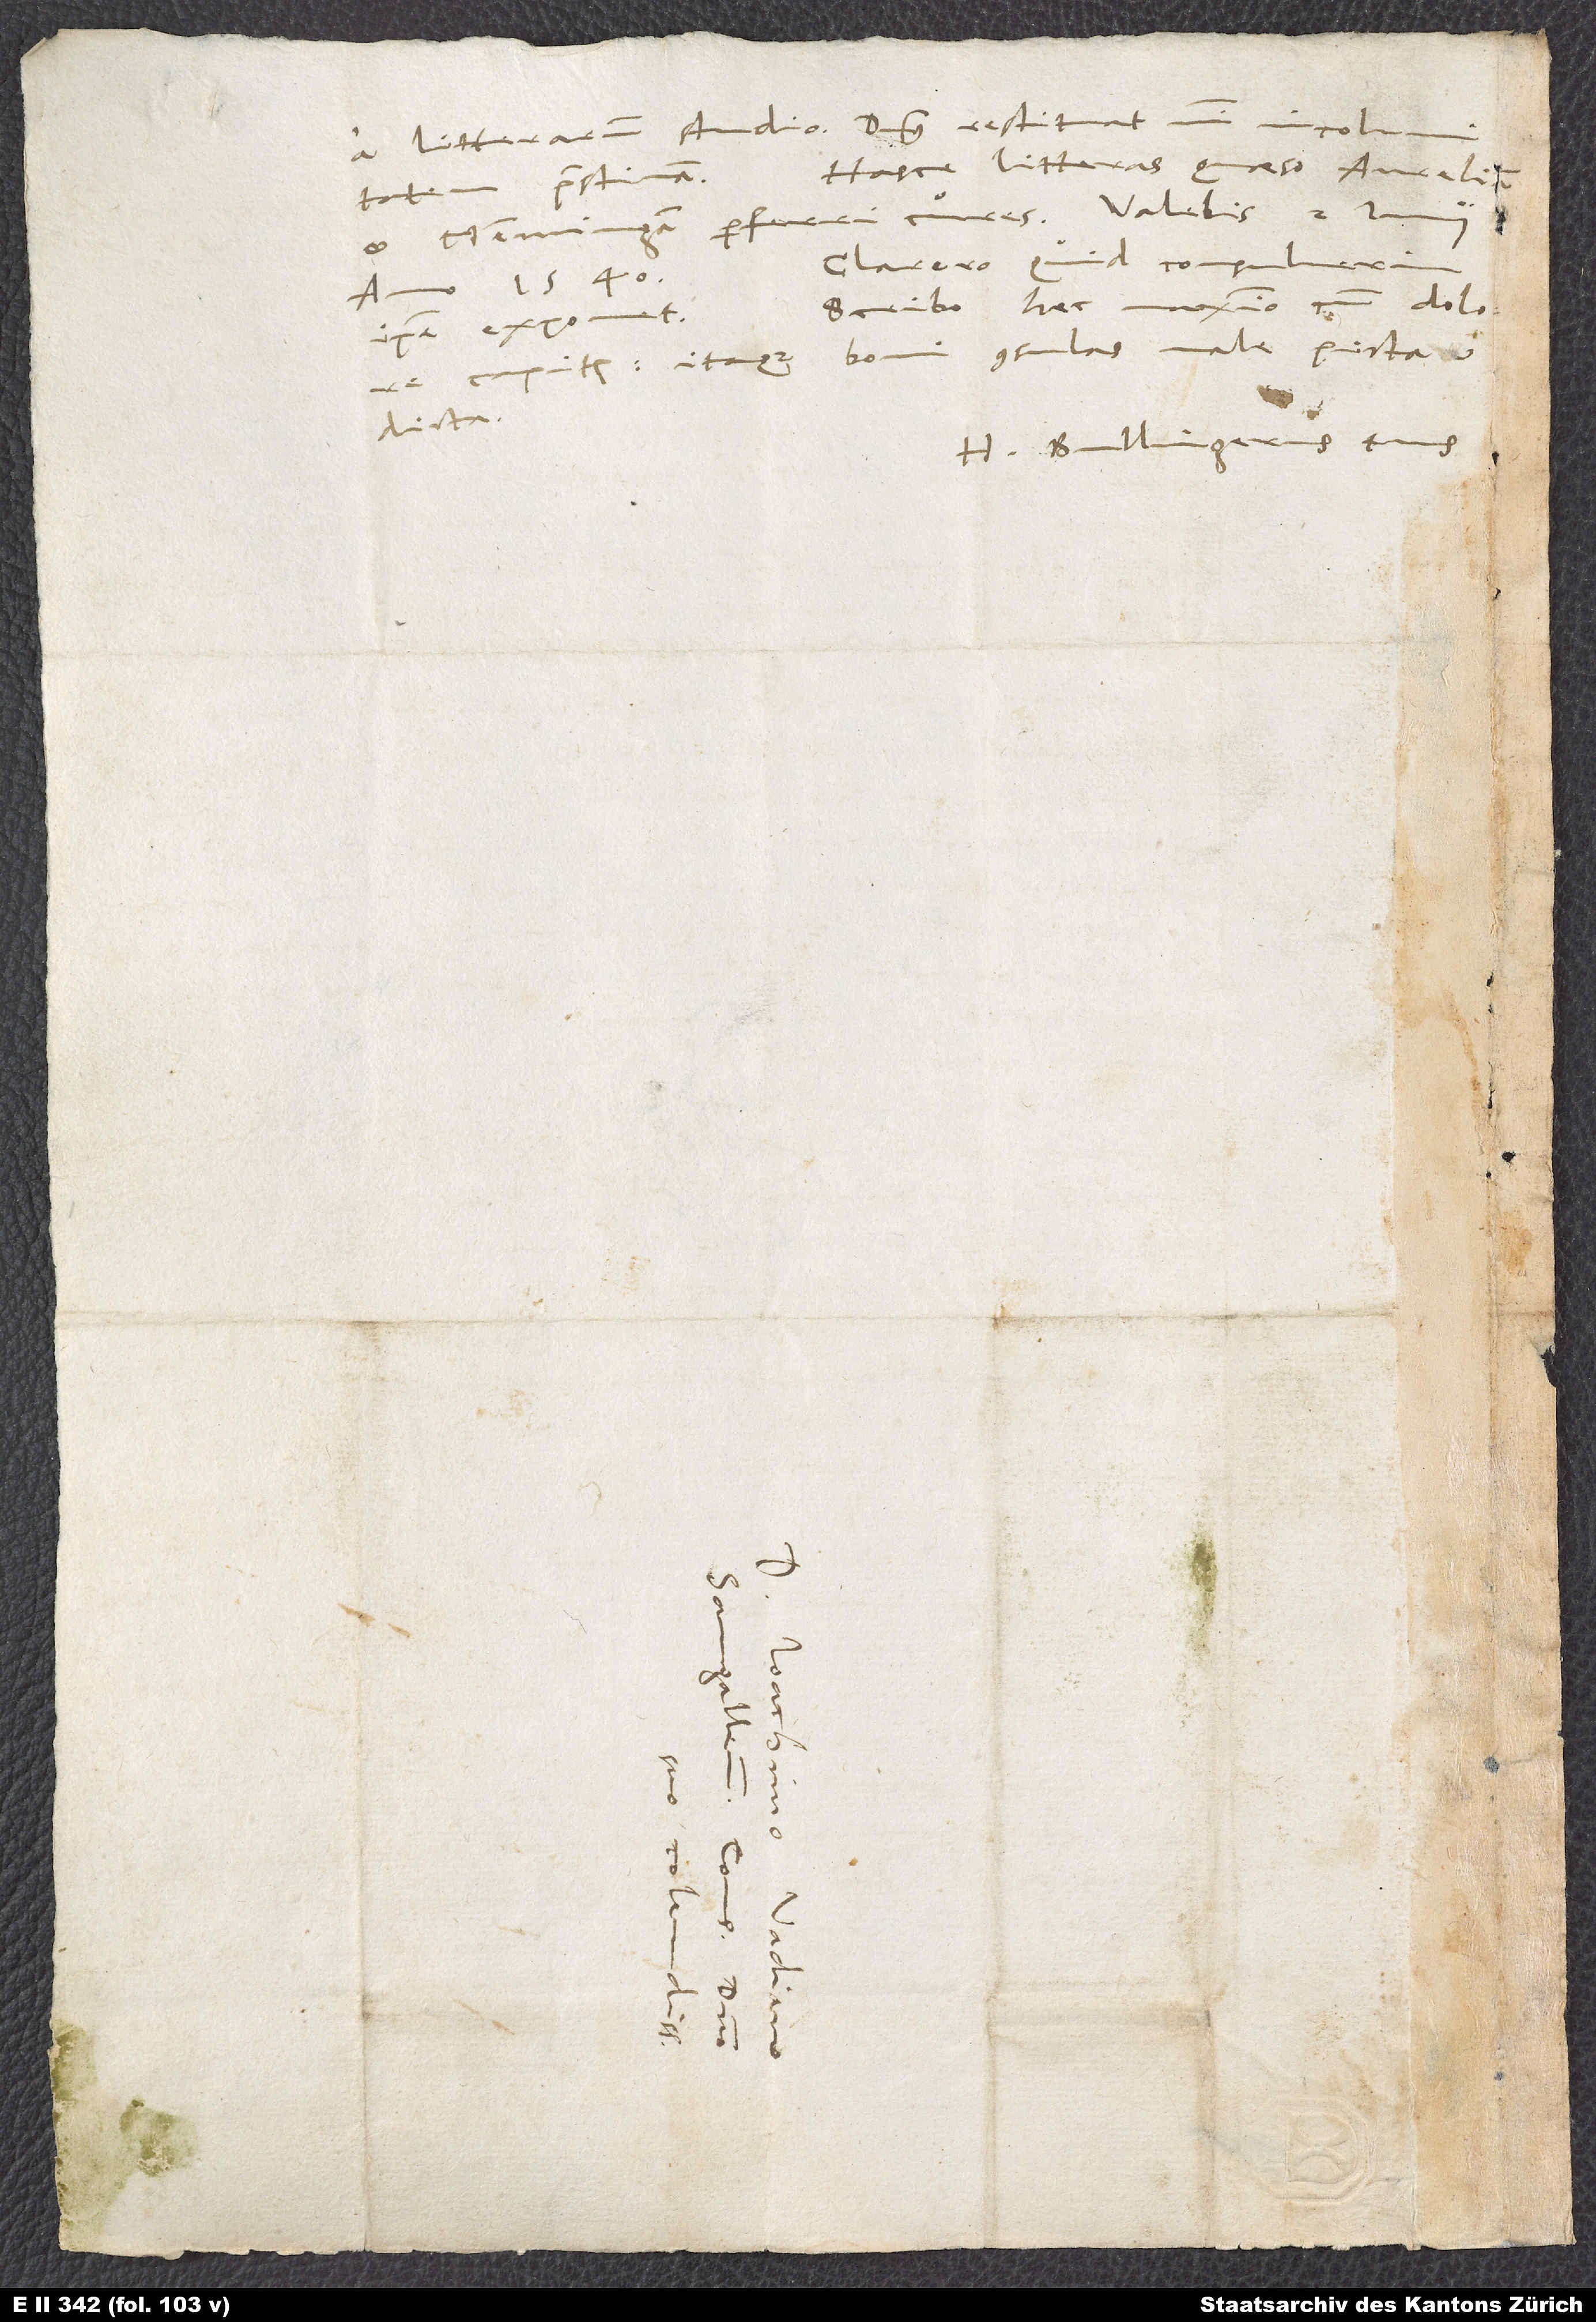
a litterarum studio, Dominus restituat mihi incolumitatem
Has litteras quaeso Aureliam
pristinam.
et Memmingam perferri cures. Valebis. 2. Iunii,
Clarero quid consuluerim,
anno 1540.
Scribo haec maximo cum dolore
ipse exponet.
capitis; itaque boni consulas male picta et
dicta.
Bullingerus tuus.